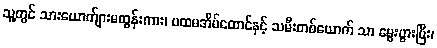
သူ့တွင် သားယောက်ျားမထွန်းကား၊ ပထမအိမ်ထောင်နှင့် သမီးတစ်ယောက် သာ မွေးဖွားပြီး၊